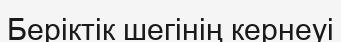
Беріктік шегінің кернеуі